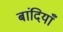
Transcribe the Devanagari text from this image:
बांदियाँ